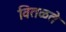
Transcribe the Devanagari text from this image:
वितळते